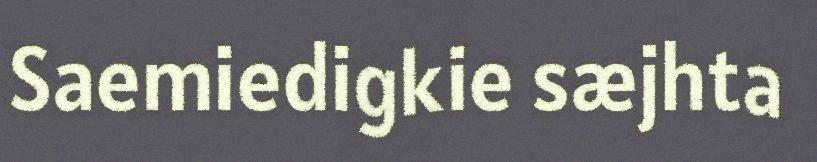
Saemiedigkie sæjhta